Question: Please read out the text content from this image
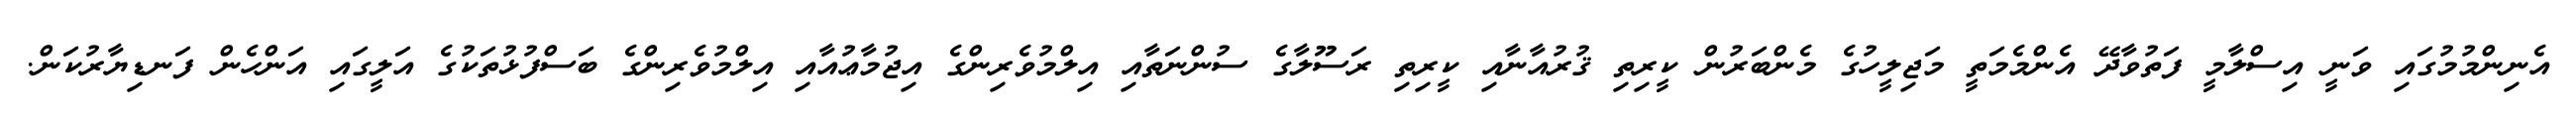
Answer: އެނިންމުމުގައި ވަނީ އިސްލާމީ ފަތުވާދޭ އެންމެމަތީ މަޖިލީހުގެ މެންބަރުން ކީރިތި ޤުރުއާނާއި ކީރިތި ރަސޫލާގެ ސުންނަތާއި އިލްމުވެރިންގެ އިޖުމާޢުއާއި އިލްމުވެރިންގެ ބަސްފުޅުތަކުގެ އަލީގައި އަންހެން ފަނޑިޔާރުކަން.